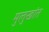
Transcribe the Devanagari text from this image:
मुलुखांत